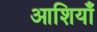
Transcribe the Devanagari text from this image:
आशियाँ